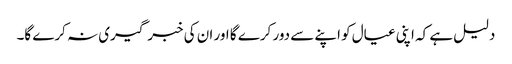
دلیل ہے کہ اپنی عیال کو اپنے سے دور کرے گا اور ان کی خبر گیری نہ کرے گا۔